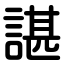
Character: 諶